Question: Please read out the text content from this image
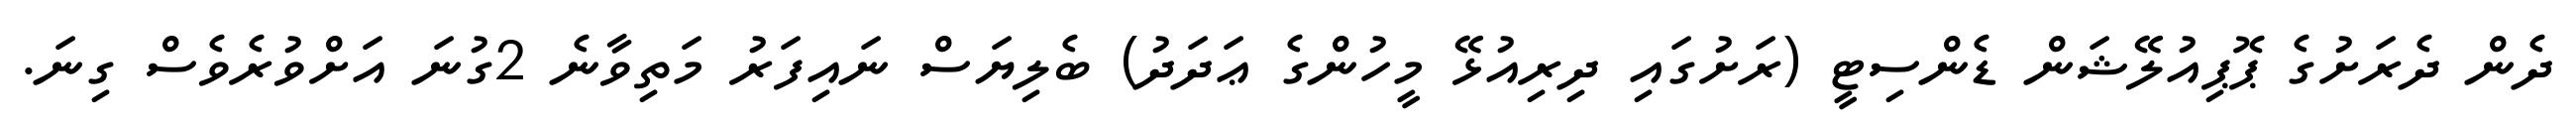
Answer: ދެން ދެރަށުގެ ޕޮޕިއުލޭޝަން ޑެންސިޓީ (ރަށުގައި ދިރިއުޅޭ މީހުންގެ ޢަދަދު) ބެލިޔަސް ނައިފަރު މަތިވާނެ 2ގުނަ އަށްވުރެވެސް ގިނަ.